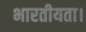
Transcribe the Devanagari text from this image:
भारतीयता।